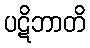
ပဋိဘာတိ